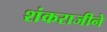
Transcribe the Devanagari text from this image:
शंकराजीने